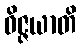
ဝိဇ္ဇယာတိ